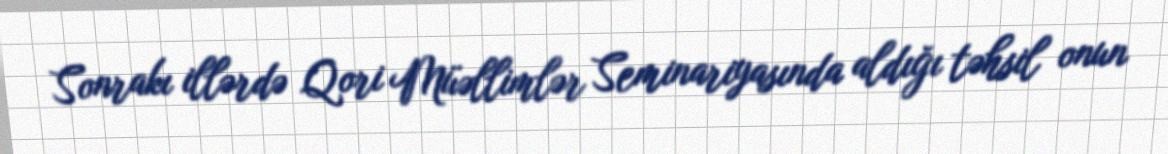
Sonrakı illərdə Qori Müəllimlər Seminariyasında aldığı təhsil onun